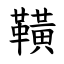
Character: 䪄